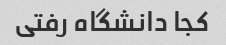
کجا دانشگاه رفتی